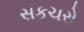
સકચરો